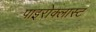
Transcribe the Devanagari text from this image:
पाइरोक्लास्ट